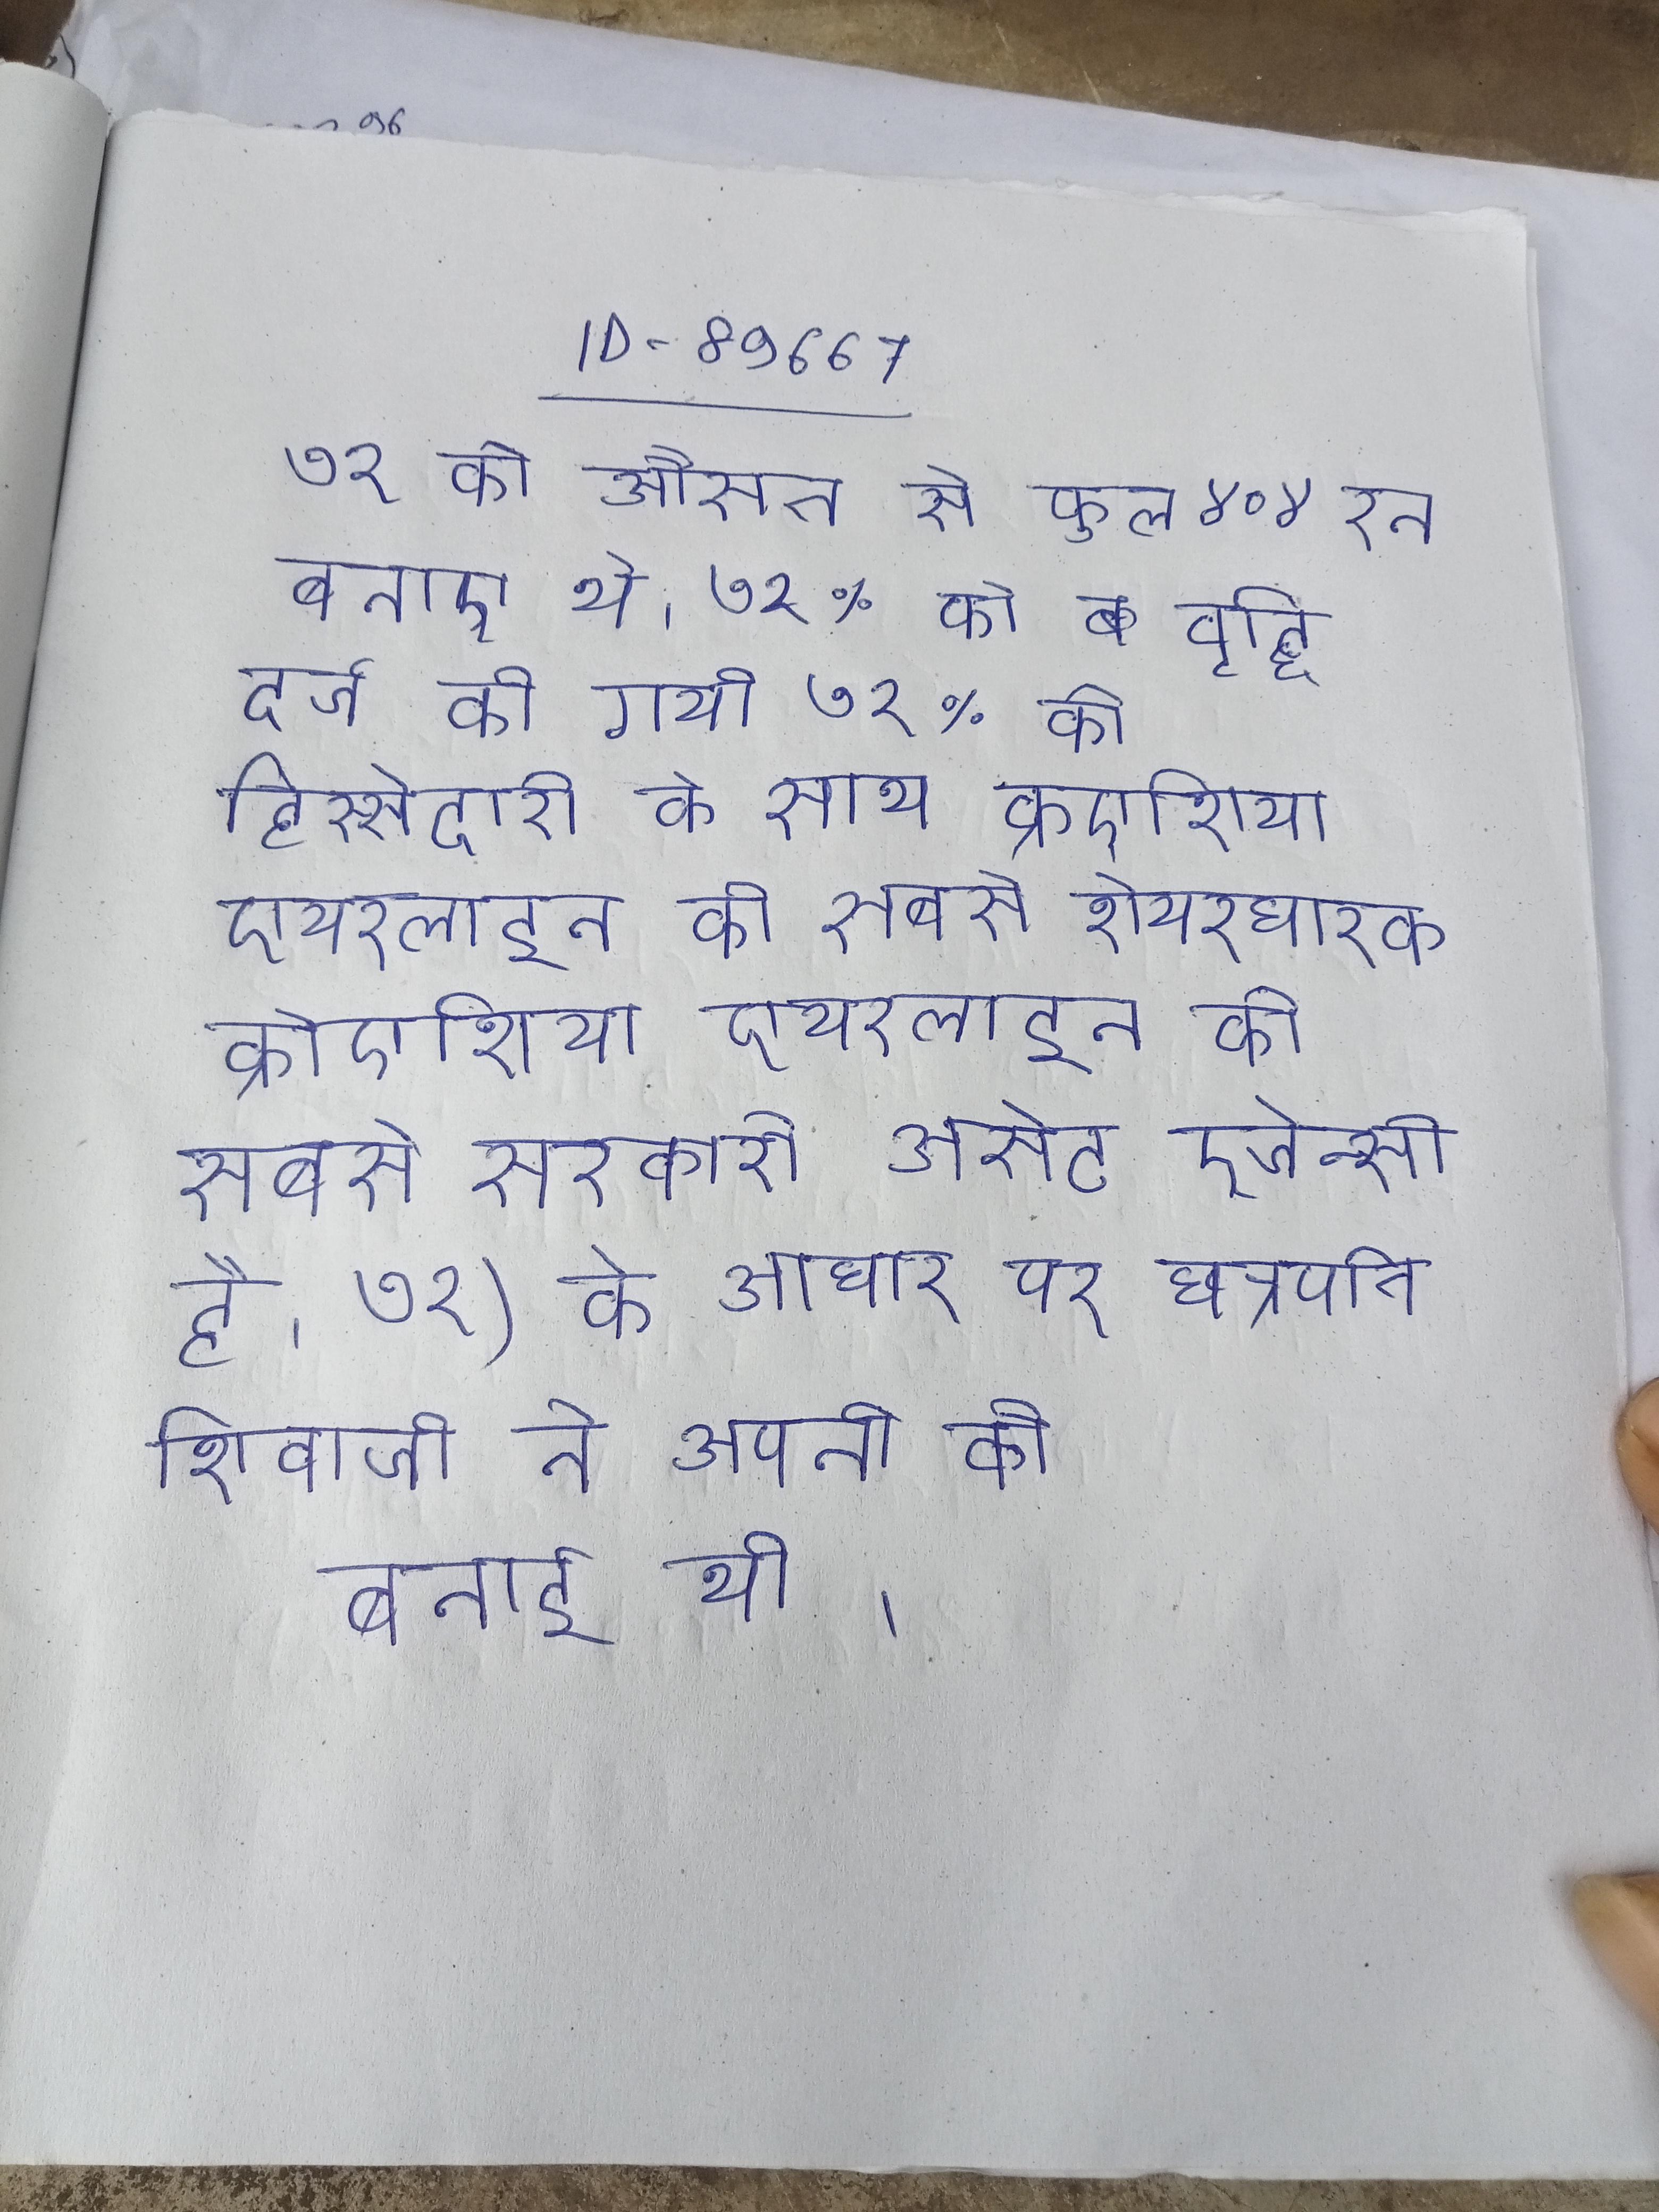
७२ की औसत से कुल ४०४ रन बनाए थे । ७२% की वृद्धि दर्ज की गयी । ७२% की हिस्सेदारी के साथ क्रोएशिया एयरलाइन की सबसे शेयरधारक क्रोएशिया की सरकारी असेट एजेन्सी है । ७२) के आधार पर छत्रपति शिवाजी ने अपनी की बनाई थी ।